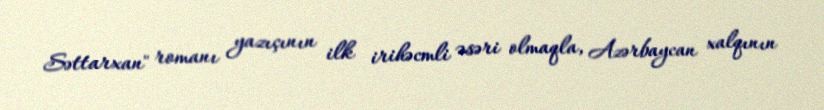
Səttarxan" romanı yazıçının ilk irihəcmli əsəri olmaqla, Azərbaycan xalqının